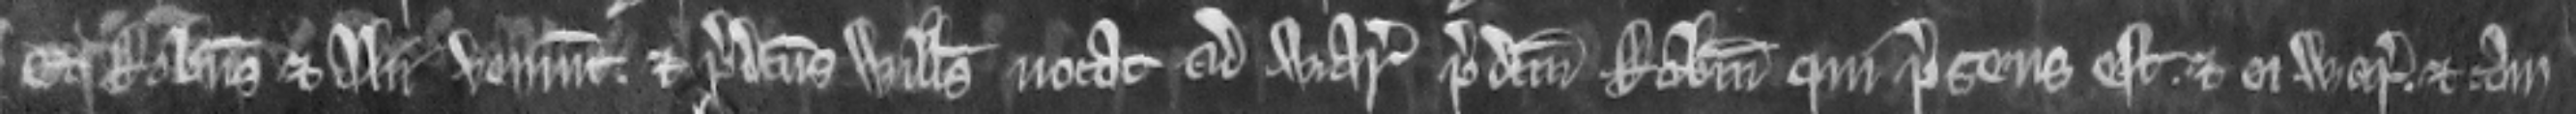
Et Robertus et alii veniunt et predictus Willelmus vocat ad warantum predictum Robertum qui presens est et ei warantizat. Et tam